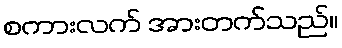
စကားလက် အားတက်သည်။